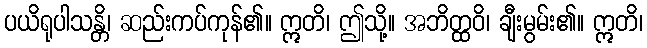
ပယိရုပါသန္တိ၊ ဆည်းကပ်ကုန်၏။ ဣတိ၊ ဤသို့။ အဘိတ္ထဝိ၊ ချီးမွမ်း၏။ ဣတိ၊